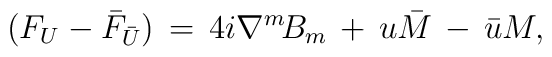
(F_{U}-\bar{F}_{\bar{U}})\,=\,4i\nabla^{m}\!B_{m}\,+\,u\bar{M}\,-\,\bar{u}M.